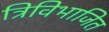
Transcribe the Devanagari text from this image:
त्रिविभाजित